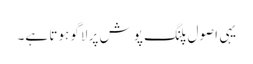
یہی اصول پلنگ پوش پر لاگو ہوتا ہے۔